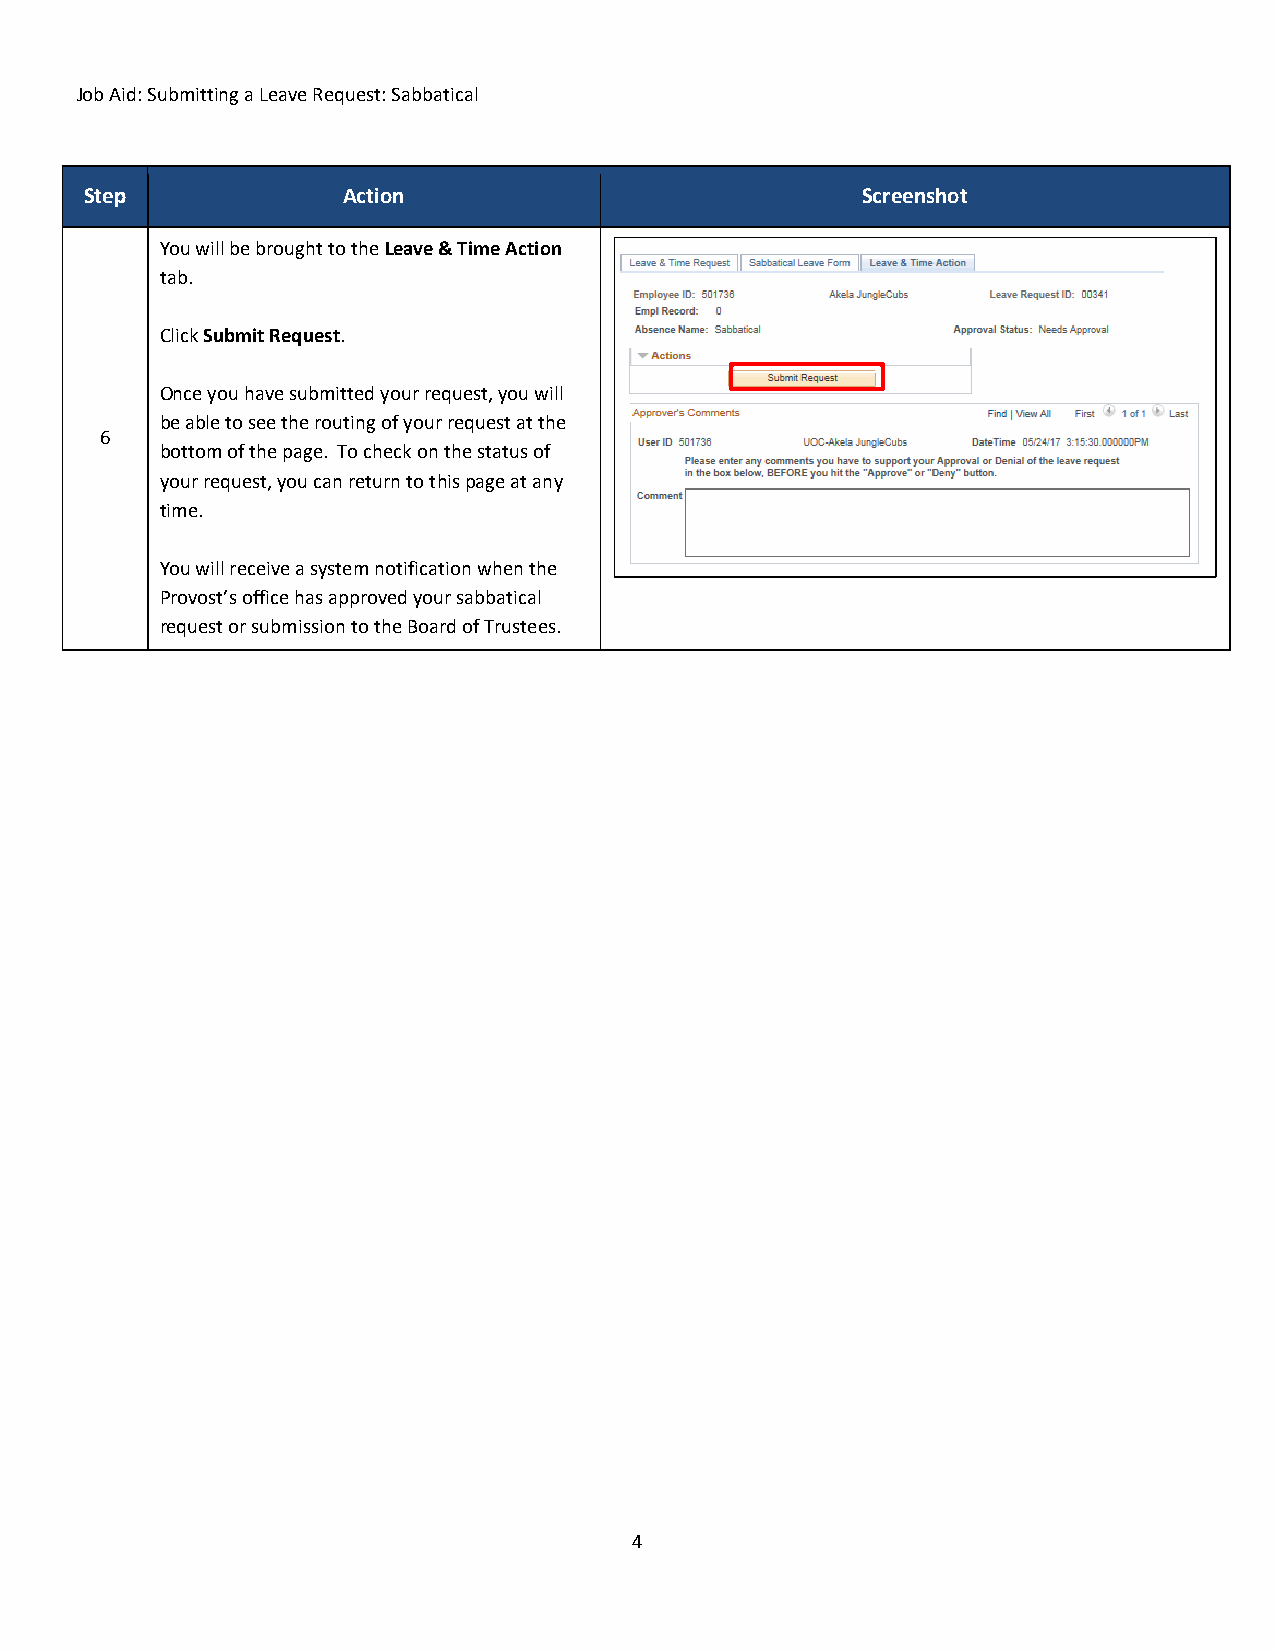
Job Aid: Submitting a Leave Request: Sabbatical
 Step             Action                            Screenshot
 You will be brought to the Leave & Time Action
 tab.
 Click Submit Request.
 Once you have submitted your request, you will
 be able to see the routing of your request at the
 6
 bottom of the page. To check on the status of
 your request, you can return to this page at any
 time.
 You will receive a system notification when the
 Provost’s office has approved your sabbatical
 request or submission to the Board of Trustees.
 4